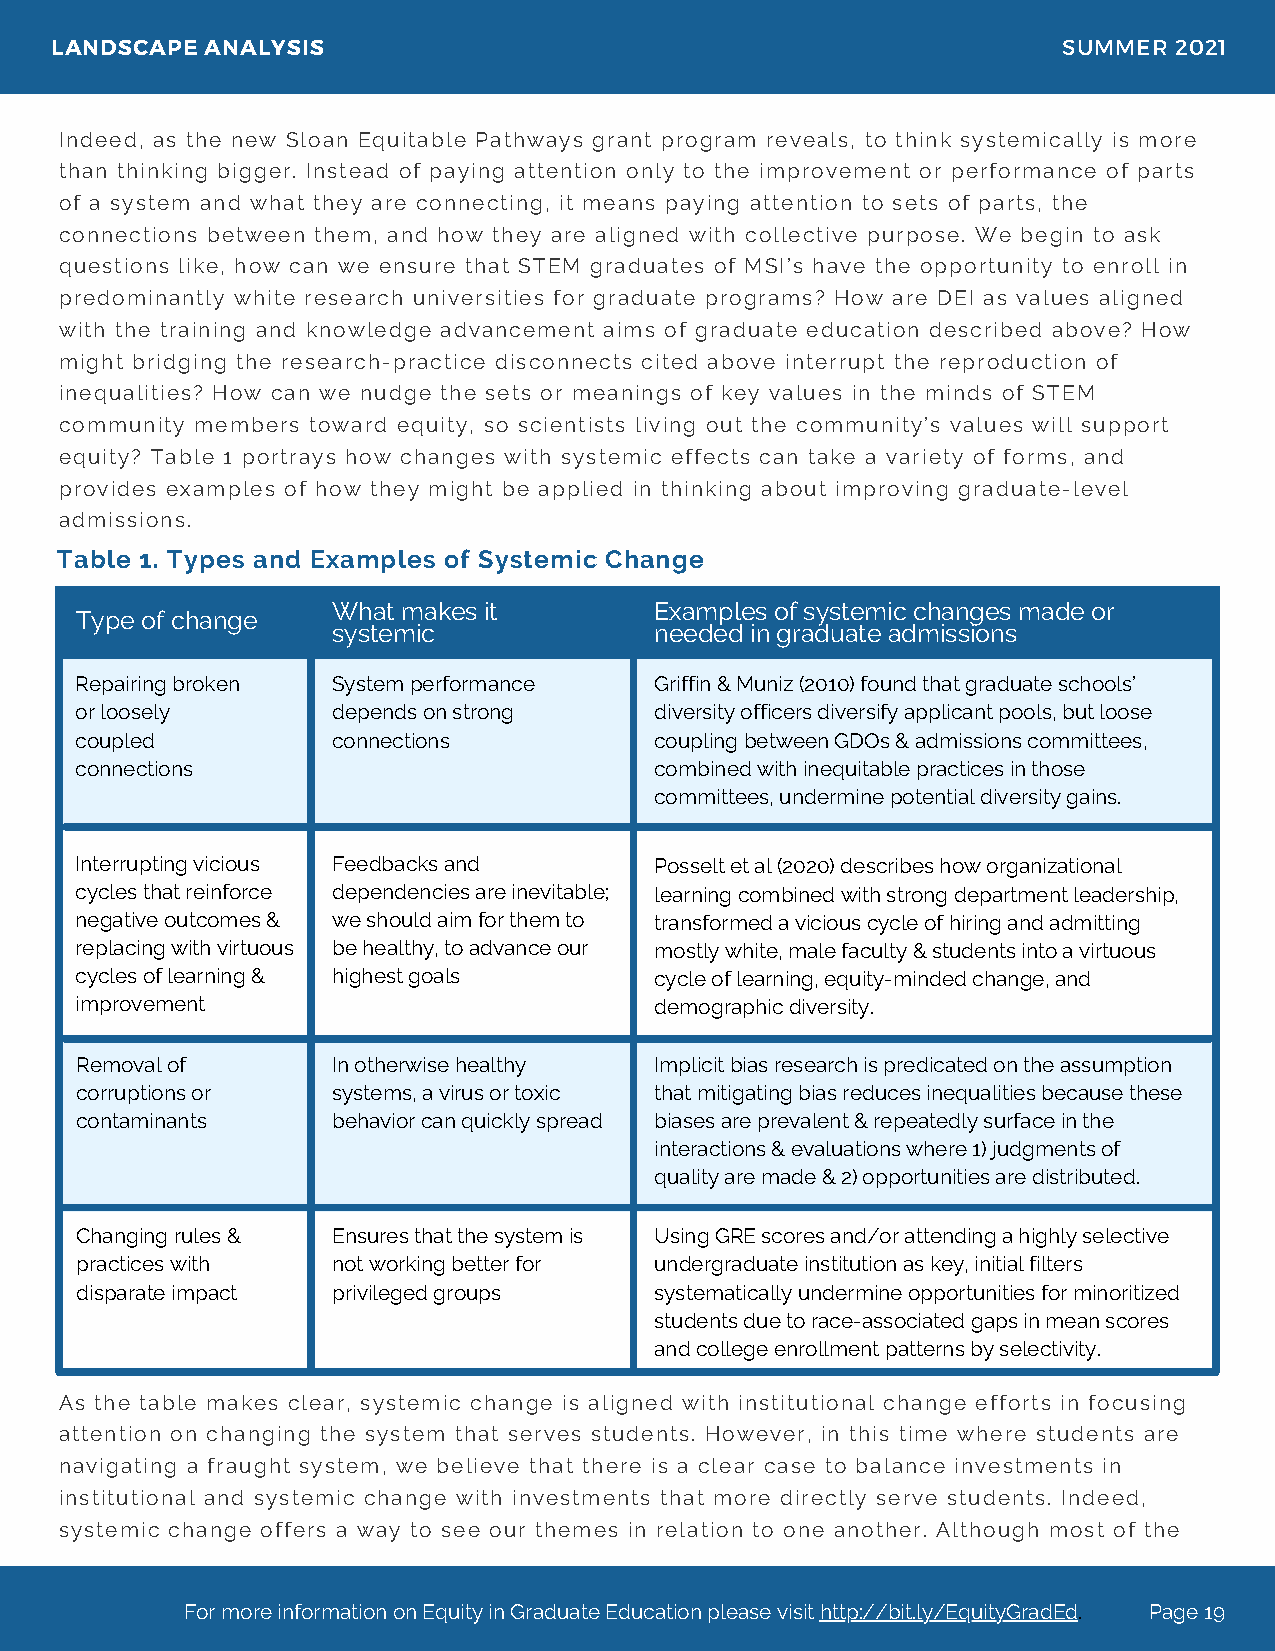
LANDSCAPE  ANALYSIS                                                SUMMER  2021
 Indeed, as the new Sloan Equitable Pathways grant program reveals, to think systemically is more
 than thinking bigger. Instead of paying attention only to the improvement or performance of parts
 of a system and what they are connecting, it means paying attention to sets of parts, the
 connections between them, and how they are aligned with collective purpose. We begin to ask
 questions like, how can we ensure that STEM graduates of MSI’s have the opportunity to enroll in
 predominantly white research universities for graduate programs? How are DEI as values aligned
 with the training and knowledge advancement aims of graduate education described above? How
 might bridging the research-practice disconnects cited above interrupt the reproduction of
 inequalities? How can we nudge the sets or meanings of key values in the minds of STEM
 community members toward equity, so scientists living out the community’s values will support
 equity? Table 1 portrays how changes with systemic effects can take a variety of forms, and
 provides examples of how they might be applied in thinking about improving graduate-level
 admissions.
 Table 1. Types and Examples of Systemic Change
 What makes it        Examples of systemic changes made or
 Type of change
 systemic             needed in graduate admissions
 Repairing broken System performance   Griffin & Muniz (2010) found that graduate schools’
 or loosely       depends on strong    diversity officers diversify applicant pools, but loose
 coupled          connections          coupling between GDOs & admissions committees,
 connections                           combined with inequitable practices in those
 committees, undermine potential diversity gains.
 Interrupting vicious Feedbacks and    Posselt et al (2020) describes how organizational
 cycles that reinforce dependencies are inevitable; learning combined with strong department leadership,
 negative outcomes & we should aim for them to transformed a vicious cycle of hiring and admitting
 replacing with virtuous be healthy, to advance our mostly white, male faculty & students into a virtuous
 cycles of learning & highest goals    cycle of learning, equity-minded change, and
 improvement                           demographic diversity.
 Removal of       In otherwise healthy Implicit bias research is predicated on the assumption
 corruptions or   systems, a virus or toxic that mitigating bias reduces inequalities because these
 contaminants     behavior can quickly spread biases are prevalent & repeatedly surface in the
 interactions & evaluations where 1) judgments of
 quality are made & 2) opportunities are distributed.
 Changing rules & Ensures that the system is Using GRE scores and/or attending a highly selective
 practices with   not working better for undergraduate institution as key, initial filters
 disparate impact privileged groups    systematically undermine opportunities for minoritized
 students due to race-associated gaps in mean scores
 and college enrollment patterns by selectivity.
 As the table makes clear, systemic change is aligned with institutional change efforts in focusing
 attention on changing the system that serves students. However, in this time where students are
 navigating a fraught system, we believe that there is a clear case to balance investments in
 institutional and systemic change with investments that more directly serve students. Indeed,
 systemic change offers a way to see our themes in relation to one another. Although most of the
 For more information on Equity in Graduate Education please visit http://bit.ly/EquityGradEd. Page 19